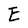
Character: E